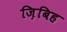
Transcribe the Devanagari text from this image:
ज़िबिह